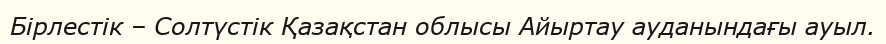
Бірлестiк – Солтүстік Қазақстан облысы Айыртау ауданындағы ауыл.